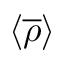
\langle { \overline { { \rho } } } \rangle